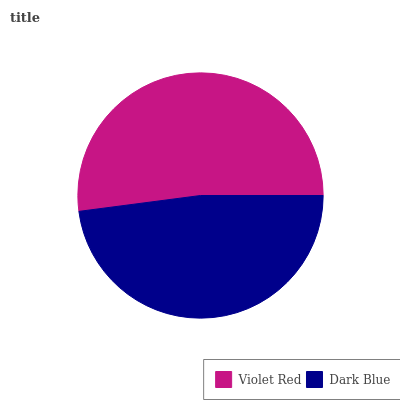
| Violet Red | Dark Blue |
 | --- | --- |
 | 52.1% | 47.9% |